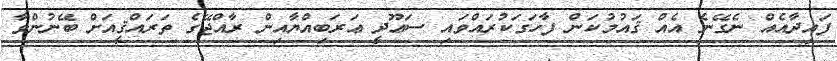
ފައިދާއެއް ނެގޭނެ އެއް ޤައުމުކަން ފާހަގަކުރައްވައި ސަޢޫދީ ޢަރަބިއްޔާއިން ރާއްޖޭގެ ތަރައްޤީއަށް ބޭނުންވާ